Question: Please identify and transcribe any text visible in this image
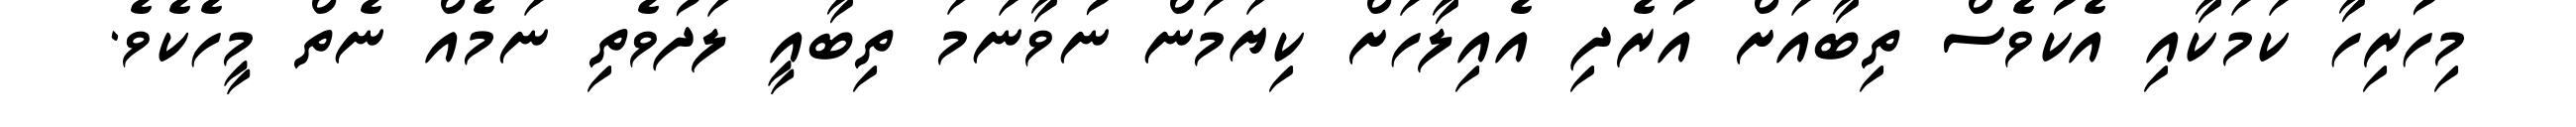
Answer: މިހުރިހާ ކަމަކާއި އެކުވެސް ތިބާއަށް އުރެދި އެއިލާހަށް ކިޔަމަން ނުވާނަމަ ތިބާއީ ލަދުވެތި ނަމެއް ނެތް މީހެކެވެ.